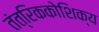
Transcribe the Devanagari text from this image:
तंत्रिककोशिक्य